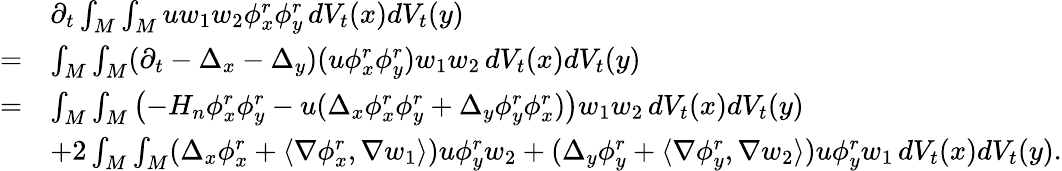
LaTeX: \begin{array}{rl}&{\partial_{t}\int_{M}\int_{M}uw_{1}w_{2}\phi_{x}^{r}\phi_{y}^{r}\, dV_{t}(x)dV_{t}(y)}\\ {=}&{\int_{M}\int_{M}(\partial_{t}-\Delta_{x}-\Delta_{y})(u\phi_{x}^{r}\phi_{y}^{r})w_{1}w_{2}\, dV_{t}(x)dV_{t}(y)}\\ {=}&{\int_{M}\int_{M}\left(-H_{n}\phi_{x}^{r}\phi_{y}^{r}-u(\Delta_{x}\phi_{x}^{r}\phi_{y}^{r}+\Delta_{y}\phi_{y}^{r}\phi_{x}^{r})\right)w_{1}w_{2}\, dV_{t}(x)dV_{t}(y)}\\ &{+2\int_{M}\int_{M}(\Delta_{x}\phi_{x}^{r}+\langle\nabla\phi_{x}^{r},\nabla w_{1}\rangle)u\phi_{y}^{r}w_{2}+(\Delta_{y}\phi_{y}^{r}+\langle\nabla\phi_{y}^{r},\nabla w_{2}\rangle)u\phi_{y}^{r}w_{1}\, dV_{t}(x)dV_{t}(y).}\end{array}